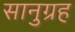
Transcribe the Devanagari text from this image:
सानुग्रह